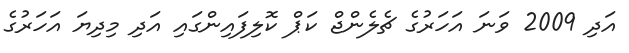
އަދި 2009 ވަނަ އަހަރުގެ ޗެލެންޖް ކަޕް ކޮލިފައިންގައި އަދި މިދިޔަ އަހަރުގެ